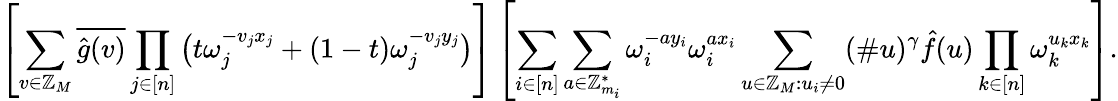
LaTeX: \left[\sum_{v\in\mathbb{Z}_{M}}\overline{{\hat{g}(v)}}\prod_{j\in[n]}\big(t\omega_{j}^{-v_{j}x_{j}}+(1-t)\omega_{j}^{-v_{j}y_{j}}\big)\right]\left[\sum_{i\in[n]}\sum_{a\in\mathbb{Z}_{m_{i}}^{*}}\omega_{i}^{-ay_{i}}\omega_{i}^{ax_{i}}\sum_{u\in\mathbb{Z}_{M}:u_{i}\neq 0}(\# u)^{\gamma}\hat{f}(u)\prod_{k\in[n]}\omega_{k}^{u_{k}x_{k}}\right].